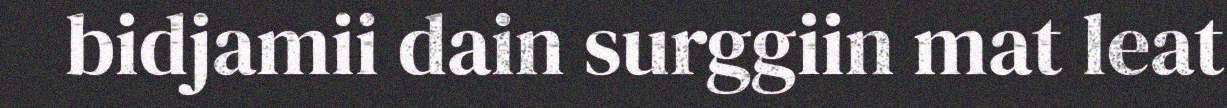
bidjamii dain surggiin mat leat